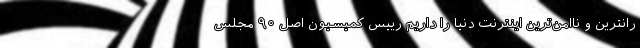
رانترین و ناامن‌ترین اینترنت دنیا را داریم رییس کمیسیون اصل ۹۰ مجلس